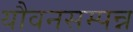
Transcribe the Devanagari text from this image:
यौवनसम्पन्न